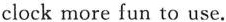
clock more fun to use.